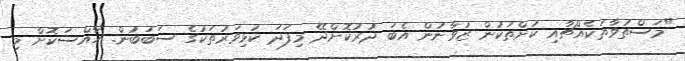
"މަސްތުވާތަކެއްޗާއި ކުށްތަކުން ޒުވާނުން އެބަ ދުރުކޮށްދޭ މިފަދަ ކުޅިވަރުތަކުގެ ސަބަބުން. ހާއްސަކޮށް މި